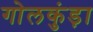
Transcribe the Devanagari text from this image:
गोलकुंड़ा